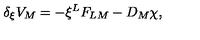
\delta _ { \xi } V _ { M } = - \xi ^ { L } F _ { L M } - D _ { M } \chi , \